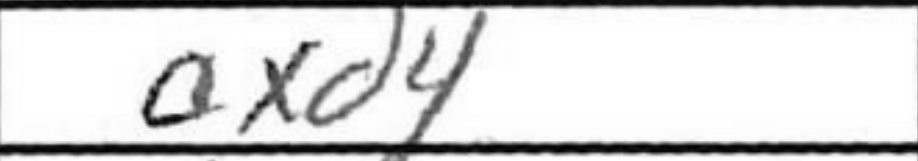
Transcription: axd4